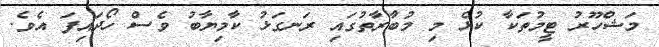
މަޝްހޫރު ޓީމުތަކާ ކުޅެ މި މުބާރާތުގައި ރަނގަޅު ކާމިޔާބު ވެސް ހޯދައިފަ އެވެ.